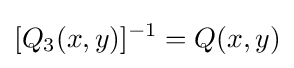
[Q_{3}(x,y)]^{-1}=Q(x,y)